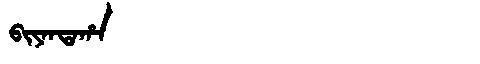
Manchu: ᠪᡳᠶᠠᠨᡨᠠᡥᠠ
Romanization: BIYANTAHA